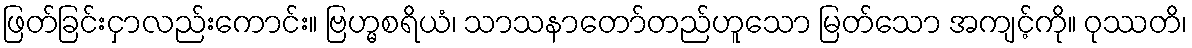
ဖြတ်ခြင်းငှာလည်းကောင်း။ ဗြဟ္မစရိယံ၊ သာသနာတော်တည်ဟူသော မြတ်သော အကျင့်ကို။ ဝုဿတိ၊